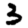
Digit: 3